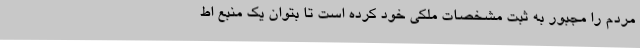
مردم را مجبور به ثبت مشخصات ملکی خود کرده است تا بتوان یک منبع اط